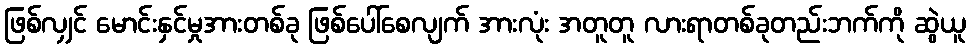
ဖြစ်လျှင် မောင်းနှင်မှုအားတစ်ခု ဖြစ်ပေါ်စေလျက် အားလုံး အတူတူ လားရာတစ်ခုတည်းဘက်ကို ဆွဲယူ